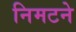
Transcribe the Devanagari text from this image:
निमटने